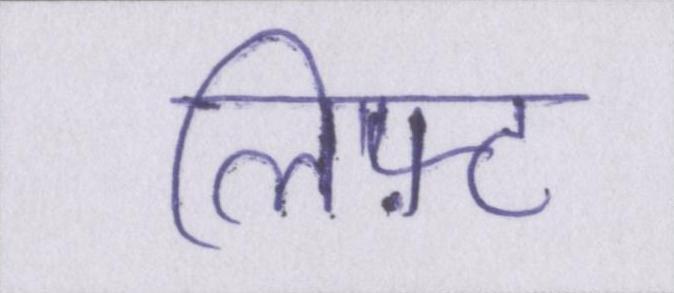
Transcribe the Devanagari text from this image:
लिफ़्ट